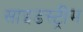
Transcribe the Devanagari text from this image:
साइडस्ट्रीम